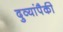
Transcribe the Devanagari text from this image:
दुव्यांपैकी